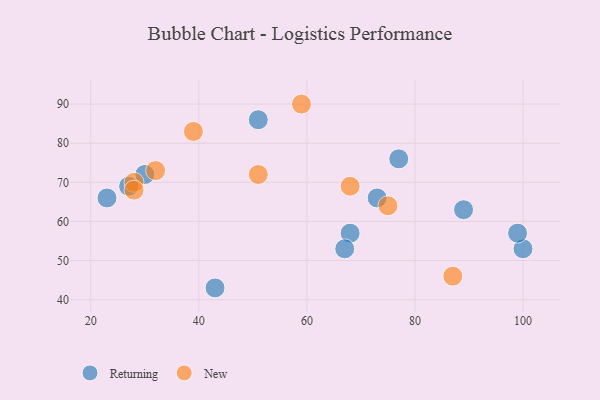
{"axis": {"x": "GDP", "y": "Life Expectancy"}, "legend": ["New", "Returning"], "data": [{"x": "30", "y": 72, "type": "Returning"}, {"x": "73", "y": 66, "type": "Returning"}, {"x": "51", "y": 86, "type": "Returning"}, {"x": "43", "y": 43, "type": "Returning"}, {"x": "89", "y": 63, "type": "Returning"}, {"x": "100", "y": 53, "type": "Returning"}, {"x": "77", "y": 76, "type": "Returning"}, {"x": "68", "y": 57, "type": "Returning"}, {"x": "23", "y": 66, "type": "Returning"}, {"x": "67", "y": 53, "type": "Returning"}, {"x": "27", "y": 69, "type": "Returning"}, {"x": "99", "y": 57, "type": "Returning"}, {"x": "75", "y": 64, "type": "New"}, {"x": "28", "y": 70, "type": "New"}, {"x": "39", "y": 83, "type": "New"}, {"x": "68", "y": 69, "type": "New"}, {"x": "32", "y": 73, "type": "New"}, {"x": "59", "y": 90, "type": "New"}, {"x": "51", "y": 72, "type": "New"}, {"x": "28", "y": 68, "type": "New"}, {"x": "87", "y": 46, "type": "New"}]}